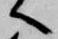
へ